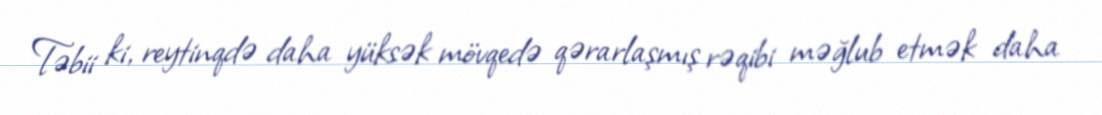
Təbii ki, reytinqdə daha yüksək mövqedə qərarlaşmış rəqibi məğlub etmək daha